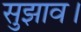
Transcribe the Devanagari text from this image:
सुझाव।